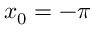
x _ { 0 } = - \pi